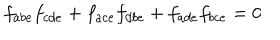
f _ { a b e } f _ { c d e } + f _ { a c e } f _ { d b e } + f _ { a d e } f _ { b c e } = 0